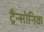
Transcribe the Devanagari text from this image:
ट्रैन्सोनिक